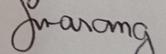
Signature authenticity: genuine